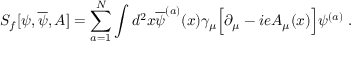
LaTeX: S _ { f } [ \psi , \overline { { { \psi } } } , A ] = \sum _ { a = 1 } ^ { N } \int d ^ { 2 } x \overline { { { \psi } } } ^ { ( a ) } ( x ) \gamma _ { \mu } \Big [ \partial _ { \mu } - i e A _ { \mu } ( x ) \Big ] \psi ^ { ( a ) } \; .